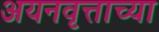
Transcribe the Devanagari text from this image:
अयनवृत्ताच्या